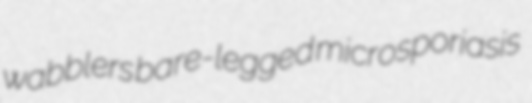
wabblers bare-legged microsporiasis